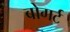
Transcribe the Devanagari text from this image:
बोगर्ट